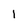
Character: 1